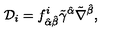
{ \cal D } _ { i } = f _ { \hat { \alpha } \hat { \beta } } ^ { i } \tilde { \gamma } ^ { \hat { \alpha } } \tilde { \nabla } ^ { \hat { \beta } } ,